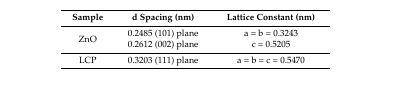
<table><thead><tr><td><b>Sample</b></td><td><b>d Spacing (nm)</b></td><td><b>Lattice Constant (nm)</b></td></tr></thead><tbody><tr><td>ZnO</td><td>0.2485 (101) plane 0.2612 (002) plane</td><td>a = b = 0.3243 c = 0.5205</td></tr><tr><td>LCP</td><td>0.3203 (111) plane</td><td>a = b = c = 0.5470</td></tr></tbody></table>